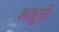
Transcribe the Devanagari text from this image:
भभूति